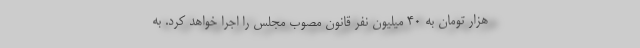
هزار تومان به ۴۰ میلیون نفر قانون مصوب مجلس را اجرا خواهد کرد. به